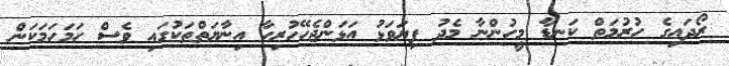
ރޯދައިގެ ހުރުމަތް ކަނޑާ މީހުންނާ މެދު ފިޔަވަޅު އަޅަންޖެހޭހުރިހާ އިނާޔަތްތަކުގައި ވެސް ހަމަހަމަކަން